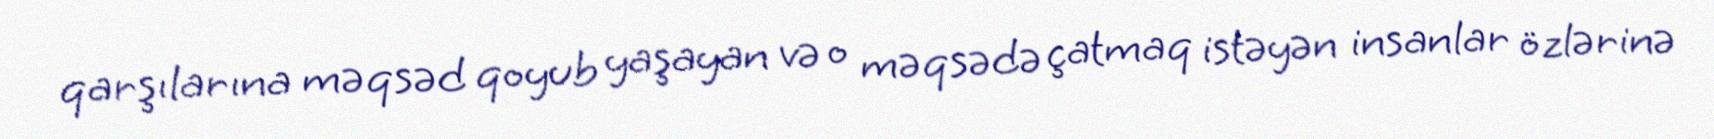
qarşılarına məqsəd qoyub yaşayan və o məqsədə çatmaq istəyən insanlar özlərinə